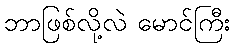
ဘာဖြစ်လို့လဲ မောင်ကြီး